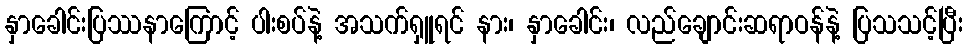
နှာခေါင်းပြဿနာကြောင့် ပါးစပ်နဲ့ အသက်ရှူရင် နား၊ နှာခေါင်း၊ လည်ချောင်းဆရာဝန်နဲ့ ပြသသင့်ပြီး